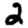
Digit: 2